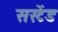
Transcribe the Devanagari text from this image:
सस्टेंड